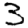
Digit: 3